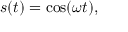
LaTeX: s ( t ) = \cos ( \omega t ) ,